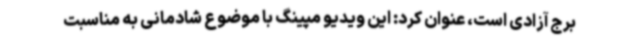
برج آزادی است، عنوان کرد: این ویدیو مپینگ‌ با موضوع شادمانی به مناسبت